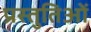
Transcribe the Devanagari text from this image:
प्रस्तुतिओं